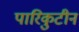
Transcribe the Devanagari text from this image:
पारिकुटीन